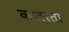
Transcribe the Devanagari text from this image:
कातरता